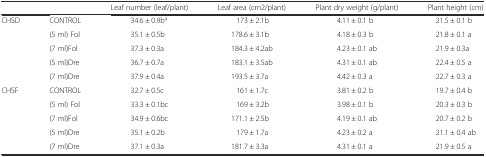
<table><thead><tr><td></td><td></td><td><b>Leaf number (leaf/plant)</b></td><td><b>Leaf area (cm2/plant)</b></td><td><b>Plant dry weight (g/plant)</b></td><td><b>Plant height (cm)</b></td></tr></thead><tbody><tr><td rowspan="5">CHSD</td><td>CONTROL</td><td>34.6 ± 0.9b<sup>a</sup></td><td>173 ± 2.1b</td><td>4.11 ± 0.1 b</td><td>21.5 ± 0.1 b</td></tr><tr><td>(5 ml) Fol</td><td>35.1 ± 0.5b</td><td>178.6 ± 3.1b</td><td>4.18 ± 0.3 b</td><td>21.8 ± 0.1 a</td></tr><tr><td>(7 ml)Fol</td><td>37.3 ± 0.3a</td><td>184.3 ± 4.2ab</td><td>4.23 ± 0.1 ab</td><td>21.9 ± 0.3a</td></tr><tr><td>(5 ml)Dre</td><td>36.7 ± 0.7a</td><td>183.1 ± 3.5ab</td><td>4.31 ± 0.1 ab</td><td>22.4 ± 0.5 a</td></tr><tr><td>(7 ml)Dre</td><td>37.9 ± 0.4a</td><td>193.5 ± 3.7a</td><td>4.42 ± 0.3 a</td><td>22.7 ± 0.3 a</td></tr><tr><td rowspan="5">CHSF</td><td>CONTROL</td><td>32.7 ± 0.5c</td><td>161 ± 1.7c</td><td>3.81 ± 0.2 b</td><td>19.7 ± 0.4 b</td></tr><tr><td>(5 ml) Fol</td><td>33.3 ± 0.1bc</td><td>169 ± 3.2b</td><td>3.98 ± 0.1 b</td><td>20.3 ± 0.3 b</td></tr><tr><td>(7 ml)Fol</td><td>34.9 ± 0.6bc</td><td>171.1 ± 2.5b</td><td>4.19 ± 0.1 ab</td><td>20.7 ± 0.2 b</td></tr><tr><td>(5 ml)Dre</td><td>35.1 ± 0.2b</td><td>179 ± 1.7a</td><td>4.23 ± 0.2 a</td><td>21.1 ± 0.4 ab</td></tr><tr><td>(7 ml)Dre</td><td>37.1 ± 0.3a</td><td>181.7 ± 3.3a</td><td>4.31 ± 0.1 a</td><td>21.9 ± 0.5 a</td></tr></tbody></table>